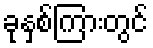
ခုနှစ်ကြားတွင်